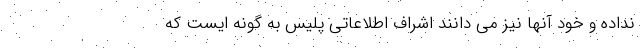
نداده و خود آنها نیز می دانند اشراف اطلاعاتی پلیس به گونه ایست که